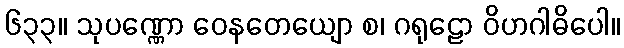
၆၃၃။ သုပဏ္ဏော ဝေနတေယျော စ၊ ဂရုဠော ဝိဟဂါဓိပေါ။